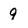
Character: 9